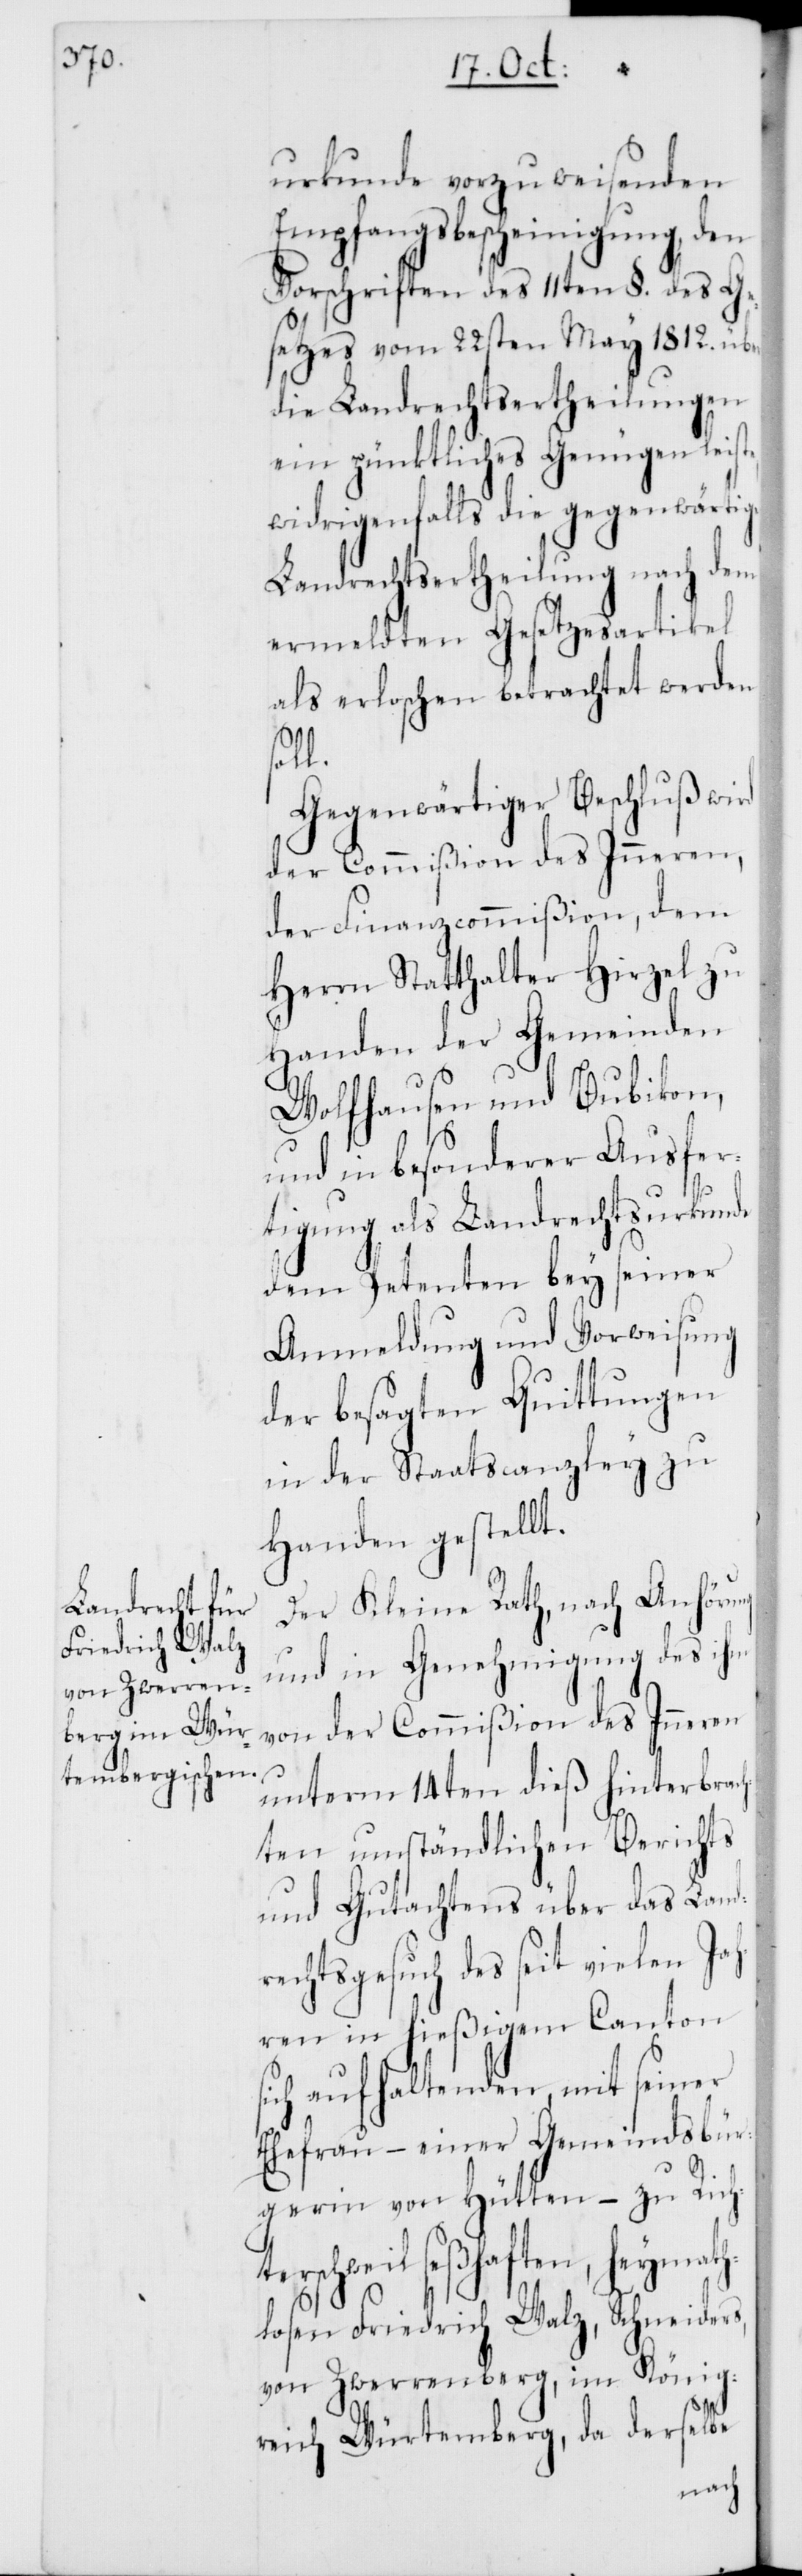
urkunde vorzuweisenden
Empfangsbescheinigung, den
Vorschriften des 11ten §. des Ge¬
setzes vom 22sten May 1812. über
die Landrechtsertheilungen
ein pünktliches Genügen leis¬
widrigenfalls die gegenwärtige
Landrechtsertheilung nach dem
ermeldten Gesetzesartikel
als erloschen betrachtet werden
l.
Gegenwärtiger Beschluß wird
der Commißion des Inneren,
der Finanzcommißion, dem
Herrn Statthalter Hirzel zu
Handen der Gemeinden
Wolfhausen und Bubikon,
und in besonderer Ausfer¬
tigung als Landrechtsurkunde
dem Petenten bey seiner
Anmeldung und Vorweisung
der besagten Quittungen
in der Staatscanzley zu
Handen gestellt.
Der Kleine Rath, nach Anhörung
und in Genehmigung des ihm
von der Commißion des Inneren
unterm 14ten dieß hinterbrac¬
hten umständlichen Berichts
und Gutachtens über das Land¬
rechtsgesuch des seit vielen Ja¬
hren in hießigem Canton
sich aufhaltenden, mit seiner
Ehefrau – einer Gemeindsbür¬
gerin von Hütten – zu Richt¬
erschweil seßhaften, heymath¬
losen Friedrich Walz, Schneiders
von Zwerrenberg, im König¬
reich Würtemberg, da derselbe